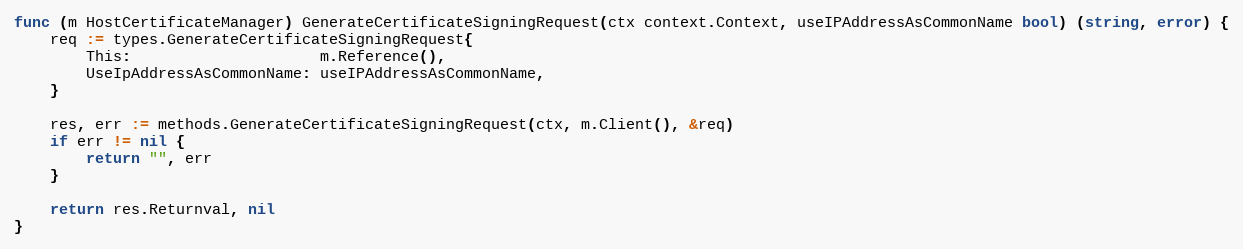
Language: Go
func (m HostCertificateManager) GenerateCertificateSigningRequest(ctx context.Context, useIPAddressAsCommonName bool) (string, error) {
	req := types.GenerateCertificateSigningRequest{
		This:                     m.Reference(),
		UseIpAddressAsCommonName: useIPAddressAsCommonName,
	}

	res, err := methods.GenerateCertificateSigningRequest(ctx, m.Client(), &req)
	if err != nil {
		return "", err
	}

	return res.Returnval, nil
}